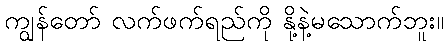
ကျွန်တော် လက်ဖက်ရည်ကို နို့နဲ့မသောက်ဘူး။